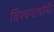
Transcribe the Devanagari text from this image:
विश्वनाथांनी